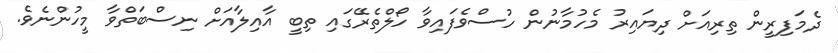
ދެމަފިރީން ތިރިއަށް ދިޔައިރު މެހުމާނުން ހުސްވެފައިވާ ހޯލްތެރޭގައި ތިބީ އާއިލާއަށް ނިސްބަތްވާ މީހުންނެވެ.